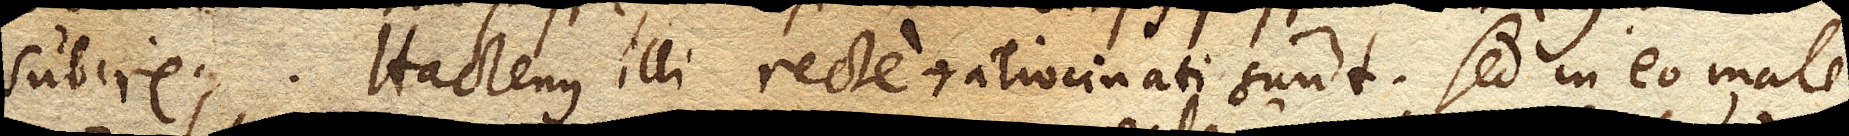
subire. Hactenus illi recte ratiocinati sunt. Sed in eo male,